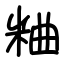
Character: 粬